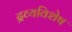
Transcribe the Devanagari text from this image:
द्रव्यविशेष